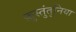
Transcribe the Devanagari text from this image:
क़ुस्तुंतुनिया